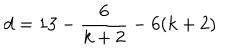
d = 1 3 - \frac { 6 } { k + 2 } - 6 ( k + 2 )